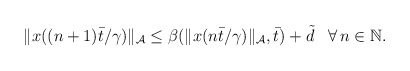
\begin{align*}\begin{aligned}\|x((n+1)\bar{t}/\gamma)\|_{\mathcal{A}} &\le \beta(\|x(n\bar{t}/\gamma)\|_{\mathcal{A}},\bar{t}) + \tilde{d} && \forall \, n\in\mathbb{N}.\end{aligned}\end{align*}